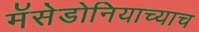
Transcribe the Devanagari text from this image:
मॅसेडोनियाच्याच